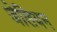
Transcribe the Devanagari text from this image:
जेलियन